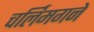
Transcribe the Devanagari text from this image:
चर्लिमगने